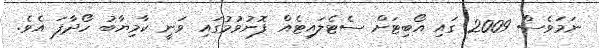
ނަމަވެސް 2009 ގައި އޯބިޓަށް ސެޓެލައިޓެއް ފޮނުވުމުގައި ވަނީ ކާމިޔާބު ހޯދާފަ އެވެ.